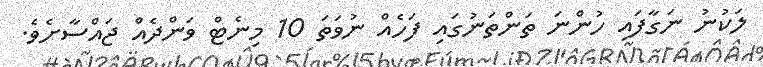
ލަކުނު ނަގާފައި ހުންނަ ތަންތަނުގައި ފަހެއް ނުވަތަ 10 މިނެޓް ވަންދެއް ޖައްސާށެވެ.